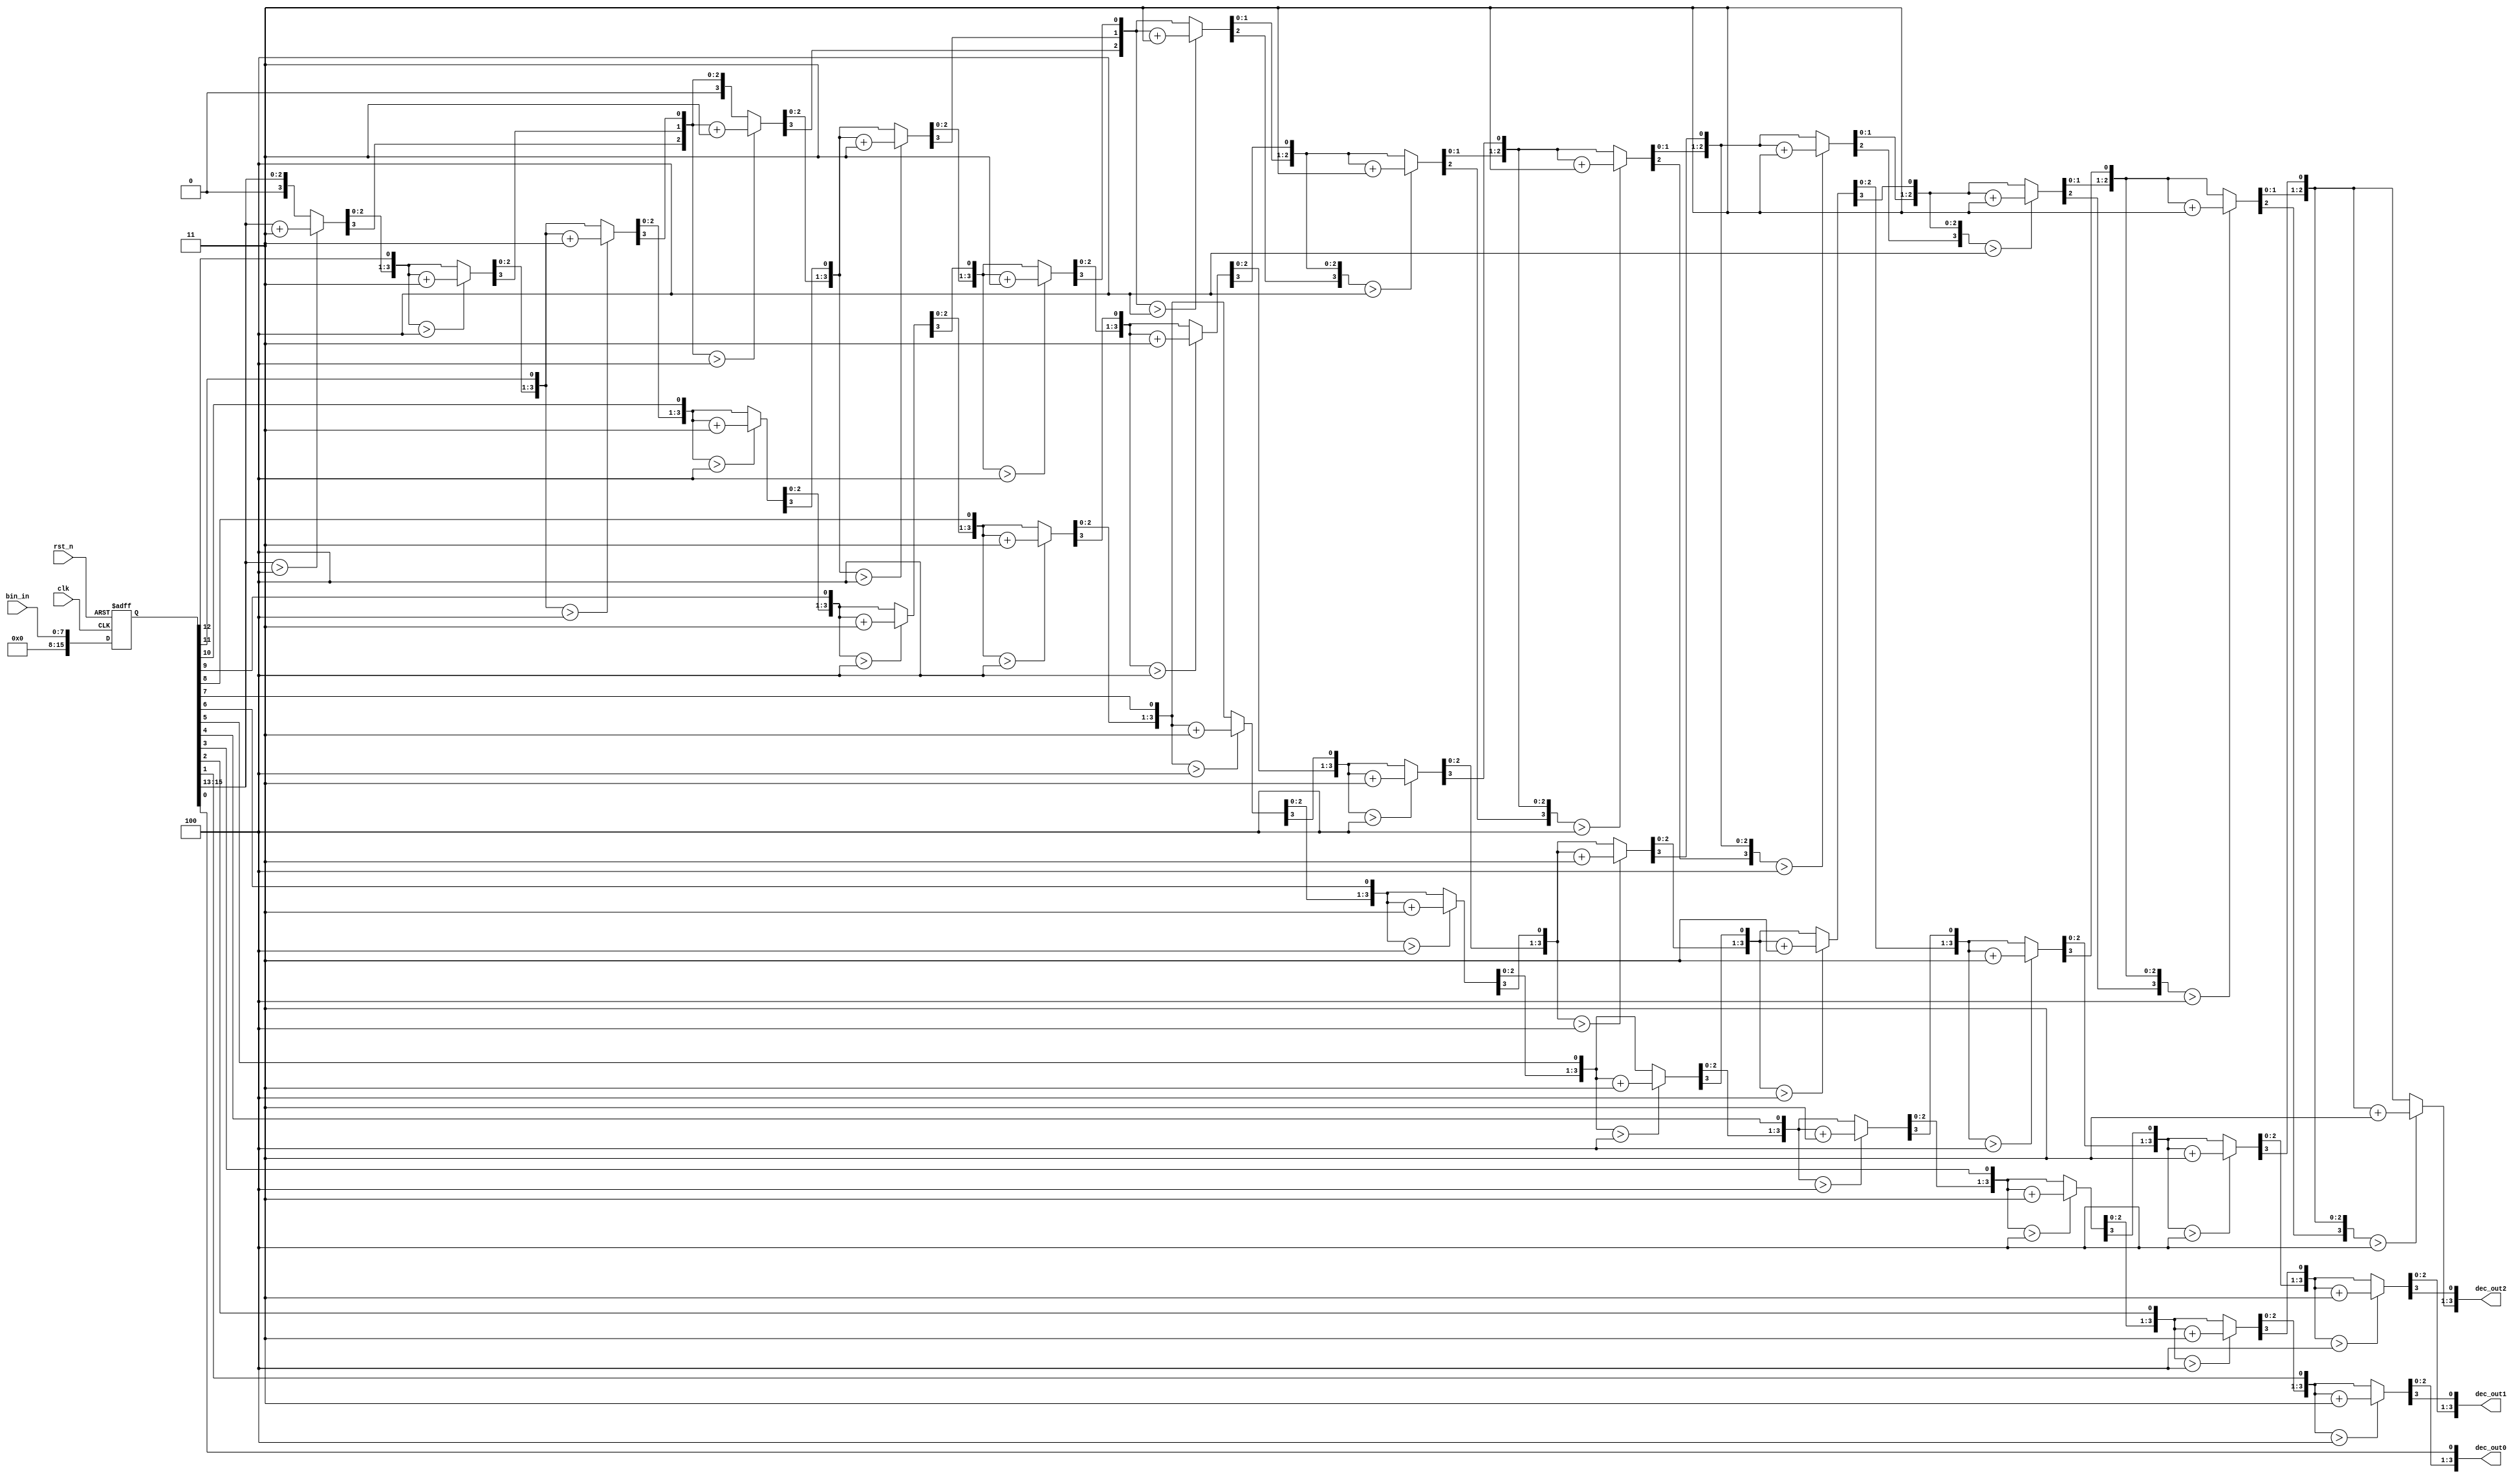
module bcd
 #( parameter                W = 16)  // input width
  ( 
input				clk	,
input				rst_n	,
input      [7:0] bin_in   ,  // binary
output   [3:0]   	dec_out0,
output   [3:0]   	dec_out1,
output   [3:0]   	dec_out2	
       ); // bcd {...,thousands,hundreds,tens,ones}

reg [W-1:0] bin_reg;

reg [W+(W-4)/3:0] bcd;
  integer i,j;

always@(posedge clk or negedge rst_n) begin
	if(rst_n == 1'b0)
		bin_reg <= 'd0;
	else
		bin_reg <= {{8'b00000000},bin_in};
end

  always @(bin_reg) begin
    for(i = 0; i <= W+(W-4)/3; i = i+1) bcd[i] = 0;     // initialize with zeros
    bcd[W-1:0] = bin_reg;                                   // initialize with input vector
    for(i = 0; i <= W-4; i = i+1)                       // iterate on structure depth
      for(j = 0; j <= i/3; j = j+1)                     // iterate on structure width
        if (bcd[W-i+4*j -: 4] > 4)                      // if > 4
          bcd[W-i+4*j -: 4] = bcd[W-i+4*j -: 4] + 4'd3; // add 3
  end
assign dec_out0=bcd[3:0];
assign dec_out1=bcd[7:4];
assign dec_out2=bcd[11:8];

endmodule